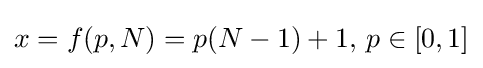
x=f(p,N)=p(N-1)+1{\text{, }}p\in [0,1]